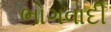
ભોગવાદી